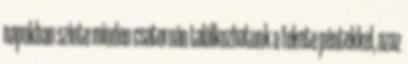
napokban szinte minden csatornán találkozhatunk a fekete péntekkel, azaz